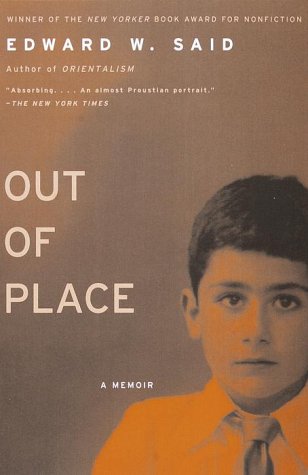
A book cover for Out of Place: A Memoir; Edward W. Said; Biographies & Memoirs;